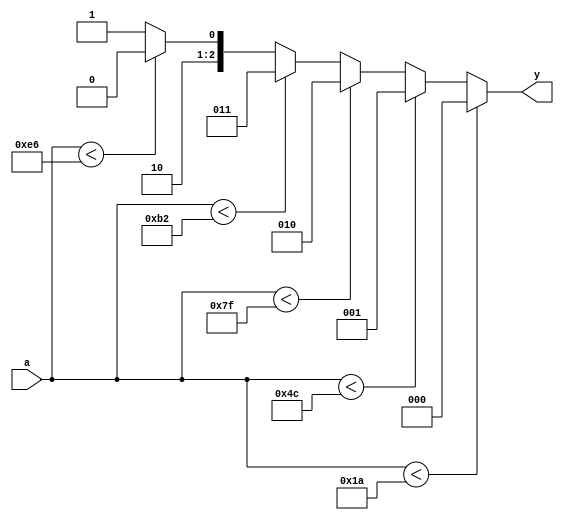
`timescale 1ns / 1ps
//////////////////////////////////////////////////////////////////////////////////
// 
// Module Name:    mpSwitch 
// Project Name:   Minimoog Synth
// Target Devices: Spartan 6
// Tool versions:  ISE 14.4
// Description:    Decodes analog values from 6 position switch. Switch has 8 bit ADC converter
//                 decoding voltages 0, 1, 2, 3, 4, and 5.
//
// Dependencies: 
//
// Revision:       0.01
// Revision 0.01 - File Created
// Additional Comments: 
//
//////////////////////////////////////////////////////////////////////////////////
module sw6 (
    input [7:0] a,
    output reg [2:0] y
    );

	// With 1 volt/step, step size is approximately 51/volt.
	// Thresholds pick the midpoints between voltage ranges.
	localparam THRESHOLD_0_1 = 26;		// 0-1 volts
	localparam THRESHOLD_1_2 = 76;		// 1-2 volts
	localparam THRESHOLD_2_3 = 127;		// 2-3 volts
	localparam THRESHOLD_3_4 = 178;		// 3-4 volts
	localparam THRESHOLD_4_5 = 230;		// 4-5 volts
	
	always @(a)
		if (a < THRESHOLD_0_1)
			y = 3'b000;
		else if (a < THRESHOLD_1_2)
			y = 3'b001;
		else if (a < THRESHOLD_2_3)
			y = 3'b010;
		else if (a < THRESHOLD_3_4)
			y = 3'b011;
		else if (a < THRESHOLD_4_5)
			y = 3'b100;
		else
			y = 3'b101;
			
endmodule